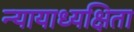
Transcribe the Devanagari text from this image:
न्यायाध्यक्षिता